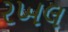
રખલ